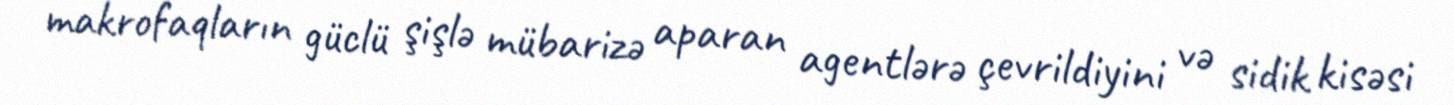
makrofaqların güclü şişlə mübarizə aparan agentlərə çevrildiyini və sidik kisəsi